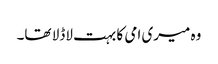
وہ میری امی کا بہت لاڈلا تھا۔